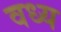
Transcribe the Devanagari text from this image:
वध्य